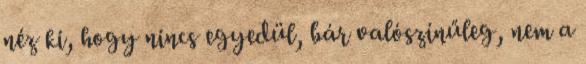
néz ki, hogy nincs egyedül, bár valószínűleg, nem a